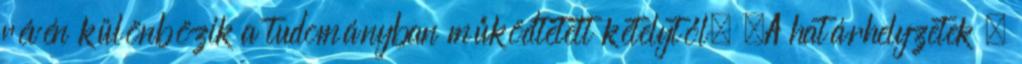
révén különbözik a tudományban működtetett kételytől. „A határhelyzetek –